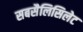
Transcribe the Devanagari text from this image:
सबसैलिसिलेट